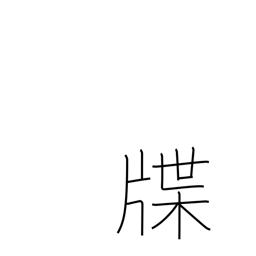
Meaning: genealogy